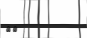
٢١